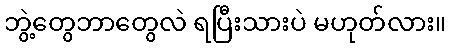
ဘွဲ့တွေဘာတွေလဲ ရပြီးသားပဲ မဟုတ်လား။